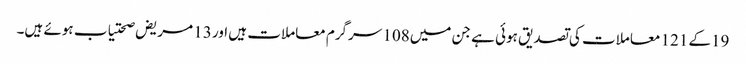
19کے 121 معاملات کی تصدیق ہوئی ہے جن میں108 سرگرم معاملات ہیں اور 13 مریض صحتیاب ہوئے ہیں۔